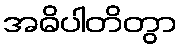
အဓိပါတိတွာ